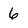
Character: 6